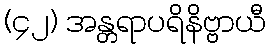
(၄၂) အန္တရာပရိနိဗ္ဗာယီ